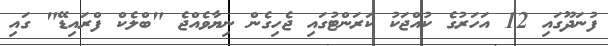
ފުނަދޫގައި 12 އަހަރުގެ ކުއްޖަކު ކަރަންޓުގައި ޖެހިގެން ނިޔާވެއްޖެ "ބްލެކް ފްރައިޑޭ" ގައި